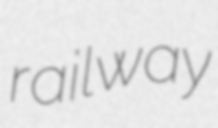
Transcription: railway